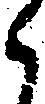
々